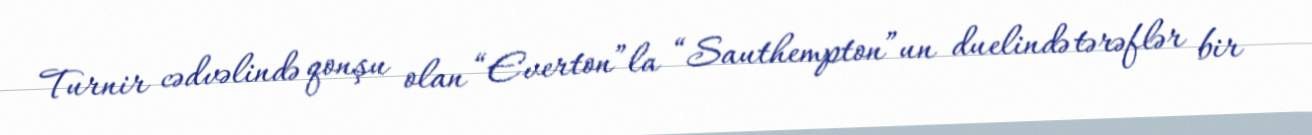
Turnir cədvəlində qonşu olan “Everton”la “Sauthempton”un duelində tərəflər bir